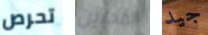
تحرص المحبين جيد